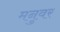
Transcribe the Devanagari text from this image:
मनुवर